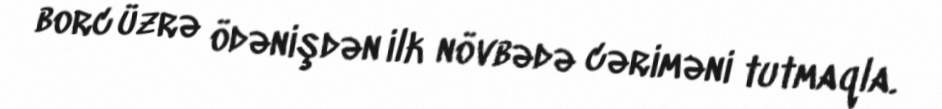
borc üzrə ödənişdən ilk növbədə cəriməni tutmaqla.